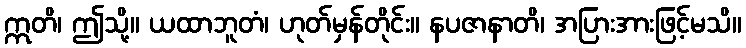
ဣတိ၊ ဤသို့။ ယထာဘူတံ၊ ဟုတ်မှန်တိုင်း။ နပဇာနာတိ၊ အပြားအားဖြင့်မသိ။